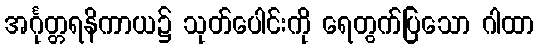
အင်္ဂုတ္တရနိကာယ၌ သုတ်ပေါင်းကို ရေတွက်ပြသော ဂါထာ